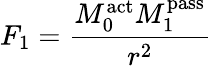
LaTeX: F_{1}={\frac{M_{0}^{\mathrm{act}}M_{1}^{\mathrm{pass}}}{r^{2}}}